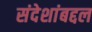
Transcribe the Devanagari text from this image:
संदेशांबद्दल